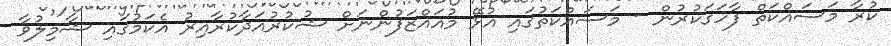
ކުރާ މަސައްކަތް ފާހަގަކުރުން - މަސައްކަތުގައި އުޅޭ މުއައްޒަފުންނަށް ޝުކުރުއަދާކުރާއިރު އެކަމުގައި ޝާމިލުވާ